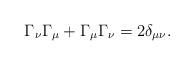
LaTeX: \begin{align*}\Gamma _\nu \Gamma _\mu +\Gamma _\mu \Gamma _\nu =2\delta _{\mu\nu } .\end{align*}